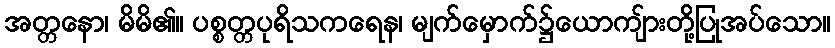
အတ္တနော၊ မိမိ၏။ ပစ္စတ္တပုရိသကရေန၊ မျက်မှောက်၌ယောကျ်ားတို့ပြုအပ်သော။